Newspaper: Virginian-pilot.
Place of publication: Norfolk, Va.
Publisher: Virginian and Pilot Pub. Co.
Date: 1900-02-08 00:00:00
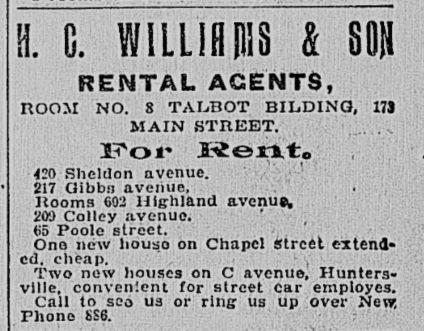
Advertisement text (OCR):
i son RENTAL AGENTS, ROOM NO. 8 TALBOT BILDING, 17J MAIN ST BEET. For I-?enito 420 Sheldon avenue. 217 Gibbn avenue, Booms 602 Highland avenus, 201) Colley avenue. ?5 Poole street. . . ' Ono new houso on Chapel street extend* cd. cheap. ,? Two now houses on C avenue, Hunters vllle, convenient for street car employes. Call to see- us or ring us up over New, Phono SS6.
Label: text-only